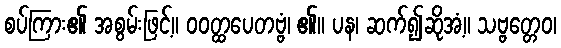
စပ်ကြား၏ အစွမ်းဖြင့်။ ဝဝတ္ထပေတဗ္ဗံ၊ ၏။ ပန၊ ဆက်၍ဆိုအံ့။ သဗ္ဗတ္တေဝ၊